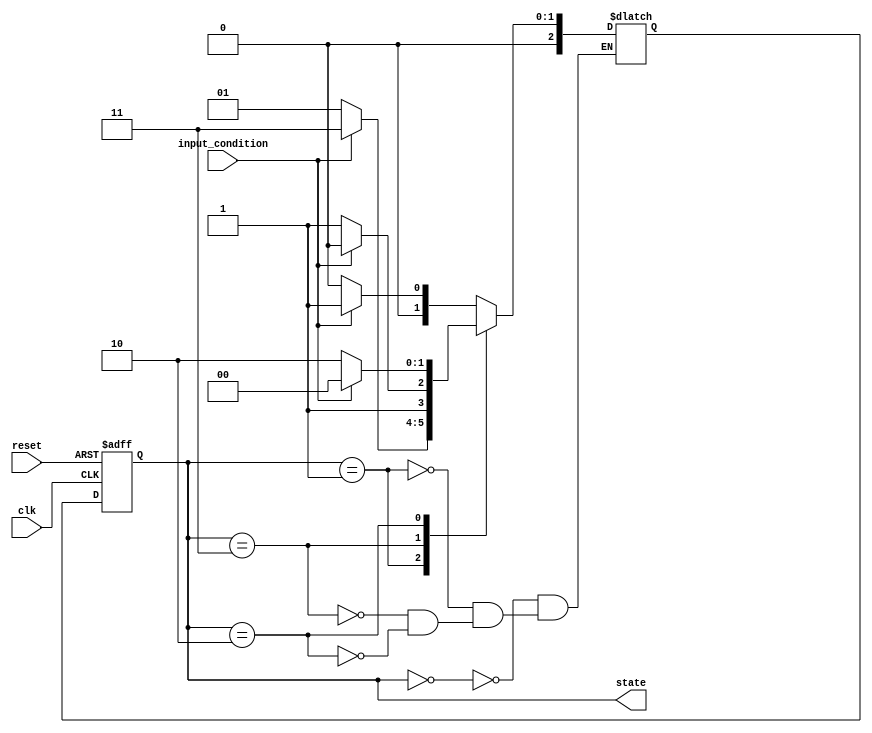
module gray_code_state_machine (
    input wire clk,       // Clock input
    input wire reset,     // Reset signal
    input wire input_condition,
    output reg [2:0] state // 3-bit Gray Code state output
);

// Define the Gray Code state encoding
parameter S0 = 3'b000;
parameter S1 = 3'b001;
parameter S2 = 3'b011;
parameter S3 = 3'b010;

// Define state variable
reg [2:0] current_state, next_state;

// State machine logic
always @(posedge clk or posedge reset) begin
    if (reset) begin
        current_state <= S0;
    end else begin
        current_state <= next_state;
    end
end

// State transition logic
always @(*) begin
    case (current_state)
        S0: begin
            if (input_condition) begin
                next_state = S1;
            end else begin
                next_state = S0;
            end
        end
        
        S1: begin
            if (input_condition) begin
                next_state = S2;
            end else begin
                next_state = S1;
            end
        end
        
        S2: begin
            if (input_condition) begin
                next_state = S3;
            end else begin
                next_state = S2;
            end
        end
        
        S3: begin
            if (input_condition) begin
                next_state = S0;
            end else begin
                next_state = S3;
            end
        end
    endcase
end

// Output assignment
always @(*) begin
    state = current_state;
end

endmodule